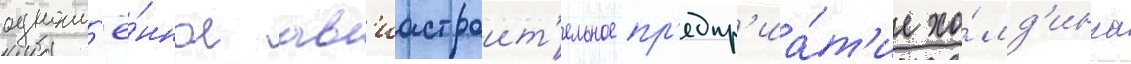
одноим'ё́нное ав'иастроит'ельное пр'едпр'иа́т'ие хо́лд'инга